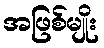
အဖြစ်မျိုး